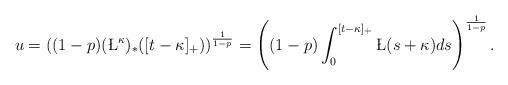
LaTeX: \begin{align*}u=\left((1-p)(\L^\kappa)_\ast([t-\kappa]_+)\right)^{\frac{1}{1-p}}=\left((1-p)\int_0^{[t-\kappa]_+}\L(s+\kappa)ds\right)^{\frac{1}{1-p}}.\end{align*}